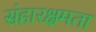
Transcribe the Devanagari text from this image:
संहारक्षमता